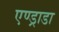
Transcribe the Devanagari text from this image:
एण्ड्राडा